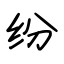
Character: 纷